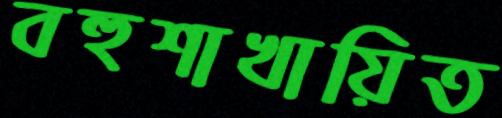
বহুশাখায়িত